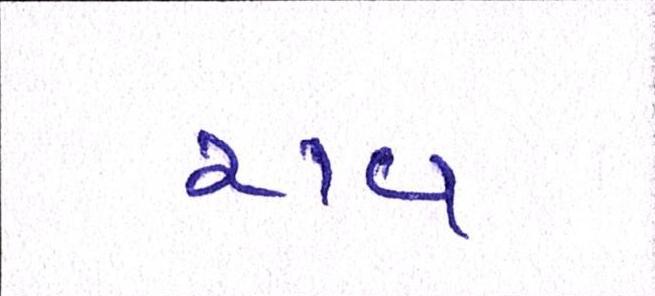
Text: રાવ